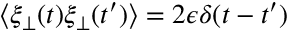
\langle \xi _ { \perp } ( t ) \xi _ { \perp } ( t ^ { \prime } ) \rangle = 2 \epsilon \delta ( t - t ^ { \prime } )